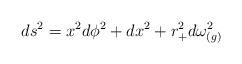
\begin{align*}ds^2=x^2d\phi^2+dx^2+r^2_+d\omega^2_{(g)}\end{align*}